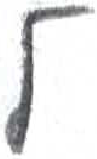
אות: ל